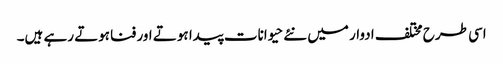
اسی طرح مختلف ادوار میں نئے حیوانات پیدا ہوتے اور فناہوتے رہے ہیں۔